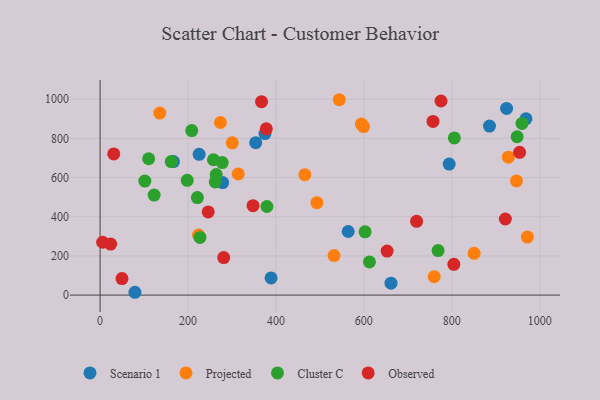
{"axis": {"x": "Speed", "y": "Exam Score"}, "legend": ["Cluster C", "Observed", "Projected", "Scenario 1"], "data": [{"x": "885.7", "y": 862.8, "type": "Scenario 1"}, {"x": "225.3", "y": 718.5, "type": "Scenario 1"}, {"x": "278.8", "y": 574.2, "type": "Scenario 1"}, {"x": "661.7", "y": 60.6, "type": "Scenario 1"}, {"x": "968.7", "y": 900.1, "type": "Scenario 1"}, {"x": "564.3", "y": 324.6, "type": "Scenario 1"}, {"x": "924.6", "y": 952.8, "type": "Scenario 1"}, {"x": "375.0", "y": 824.4, "type": "Scenario 1"}, {"x": "794.0", "y": 669.0, "type": "Scenario 1"}, {"x": "388.9", "y": 87.8, "type": "Scenario 1"}, {"x": "166.9", "y": 681.3, "type": "Scenario 1"}, {"x": "354.0", "y": 778.2, "type": "Scenario 1"}, {"x": "79.3", "y": 14.4, "type": "Scenario 1"}, {"x": "493.2", "y": 471.9, "type": "Projected"}, {"x": "928.6", "y": 704.0, "type": "Projected"}, {"x": "947.1", "y": 582.6, "type": "Projected"}, {"x": "594.4", "y": 872.7, "type": "Projected"}, {"x": "300.6", "y": 777.2, "type": "Projected"}, {"x": "971.9", "y": 295.9, "type": "Projected"}, {"x": "273.7", "y": 881.0, "type": "Projected"}, {"x": "544.1", "y": 997.2, "type": "Projected"}, {"x": "223.9", "y": 306.6, "type": "Projected"}, {"x": "760.0", "y": 93.9, "type": "Projected"}, {"x": "532.2", "y": 201.7, "type": "Projected"}, {"x": "465.8", "y": 614.5, "type": "Projected"}, {"x": "599.3", "y": 860.1, "type": "Projected"}, {"x": "850.8", "y": 213.2, "type": "Projected"}, {"x": "314.2", "y": 618.6, "type": "Projected"}, {"x": "135.9", "y": 929.2, "type": "Projected"}, {"x": "612.7", "y": 169.1, "type": "Cluster C"}, {"x": "602.8", "y": 322.9, "type": "Cluster C"}, {"x": "122.9", "y": 510.7, "type": "Cluster C"}, {"x": "948.6", "y": 808.2, "type": "Cluster C"}, {"x": "221.3", "y": 497.8, "type": "Cluster C"}, {"x": "959.7", "y": 876.3, "type": "Cluster C"}, {"x": "257.9", "y": 690.7, "type": "Cluster C"}, {"x": "101.8", "y": 581.9, "type": "Cluster C"}, {"x": "264.2", "y": 615.5, "type": "Cluster C"}, {"x": "379.5", "y": 452.1, "type": "Cluster C"}, {"x": "227.2", "y": 294.6, "type": "Cluster C"}, {"x": "161.9", "y": 681.7, "type": "Cluster C"}, {"x": "208.5", "y": 839.6, "type": "Cluster C"}, {"x": "198.2", "y": 586.0, "type": "Cluster C"}, {"x": "805.8", "y": 802.2, "type": "Cluster C"}, {"x": "277.9", "y": 676.3, "type": "Cluster C"}, {"x": "768.8", "y": 227.1, "type": "Cluster C"}, {"x": "110.5", "y": 695.9, "type": "Cluster C"}, {"x": "262.0", "y": 577.6, "type": "Cluster C"}, {"x": "5.8", "y": 269.7, "type": "Observed"}, {"x": "378.1", "y": 848.8, "type": "Observed"}, {"x": "757.3", "y": 886.4, "type": "Observed"}, {"x": "245.9", "y": 424.6, "type": "Observed"}, {"x": "281.2", "y": 191.4, "type": "Observed"}, {"x": "367.2", "y": 987.0, "type": "Observed"}, {"x": "24.0", "y": 260.2, "type": "Observed"}, {"x": "804.7", "y": 157.1, "type": "Observed"}, {"x": "775.5", "y": 990.6, "type": "Observed"}, {"x": "49.8", "y": 84.5, "type": "Observed"}, {"x": "954.2", "y": 728.5, "type": "Observed"}, {"x": "347.9", "y": 456.5, "type": "Observed"}, {"x": "719.9", "y": 376.4, "type": "Observed"}, {"x": "652.9", "y": 224.8, "type": "Observed"}, {"x": "921.8", "y": 388.5, "type": "Observed"}, {"x": "31.1", "y": 720.5, "type": "Observed"}]}